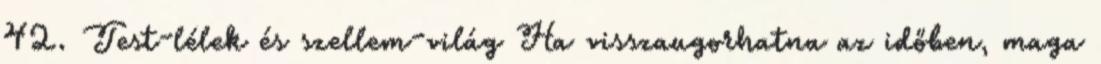
42. Test-lélek és szellem-világ Ha visszaugorhatna az időben, maga